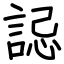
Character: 誋